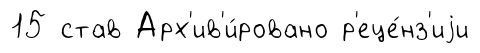
15 став Арх'ив'и́ровано р'еце́нз'иjи